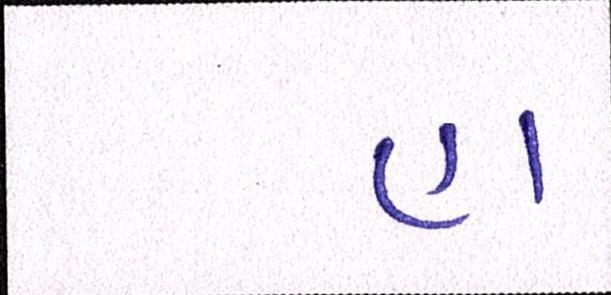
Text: હા